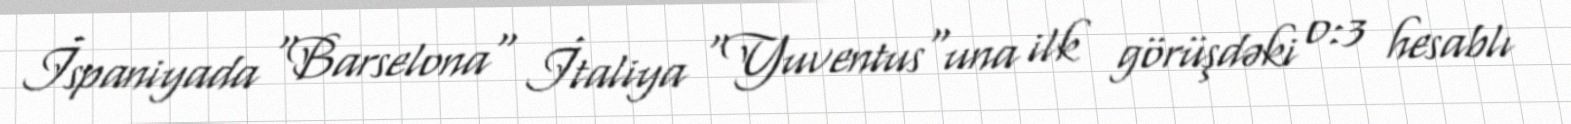
İspaniyada "Barselona" İtaliya "Yuventus"una ilk görüşdəki 0:3 hesablı